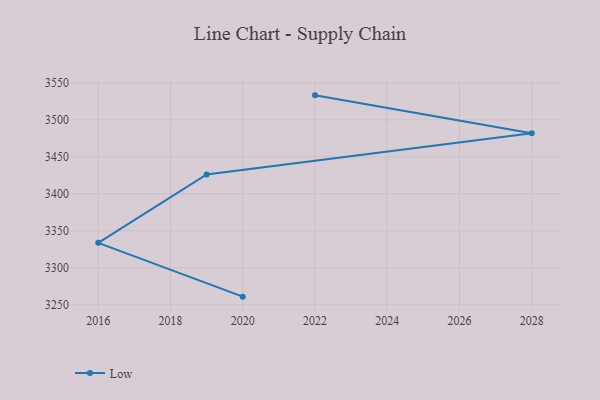
{"axis": {"x": "Year", "y": "Shipments"}, "legend": ["Low"], "data": [{"x": "2020", "y": 3260.8, "type": "Low"}, {"x": "2016", "y": 3333.6, "type": "Low"}, {"x": "2019", "y": 3426.2, "type": "Low"}, {"x": "2028", "y": 3481.8, "type": "Low"}, {"x": "2022", "y": 3533.2, "type": "Low"}]}